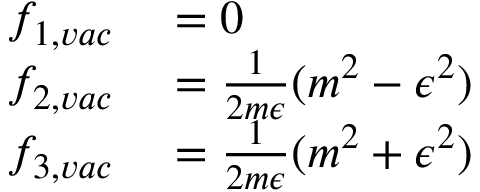
\begin{array} { r l } { f _ { 1 , v a c } } & { { } = 0 } \\ { f _ { 2 , v a c } } & { { } = \frac { 1 } { 2 m \epsilon } ( m ^ { 2 } - \epsilon ^ { 2 } ) } \\ { f _ { 3 , v a c } } & { { } = \frac { 1 } { 2 m \epsilon } ( m ^ { 2 } + \epsilon ^ { 2 } ) } \end{array}